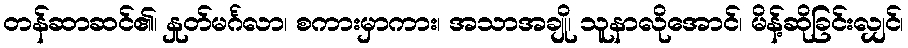
တန်ဆာဆင်၏၊ နှုတ်မင်္ဂလာ၊ စကားမှာကား၊ အသာအချို၊ သူနာလိုအောင်၊ မိန့်ဆိုခြင်းလျှင်၊